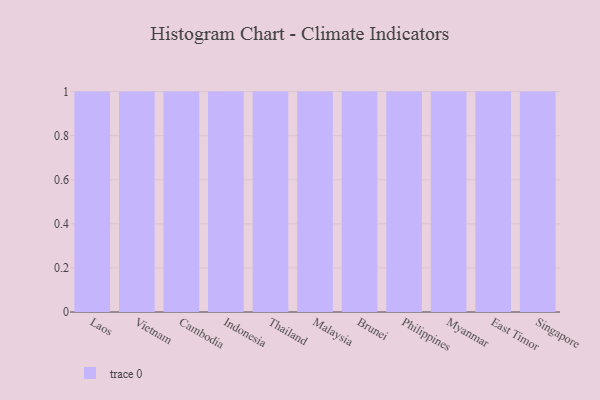
{"axis": {"x": "Country", "y": "Latency (ms)"}, "legend": [""], "data": [{"x": "Laos", "y": 21, "type": ""}, {"x": "Vietnam", "y": 59, "type": ""}, {"x": "Cambodia", "y": 23, "type": ""}, {"x": "Indonesia", "y": 28, "type": ""}, {"x": "Thailand", "y": 62, "type": ""}, {"x": "Malaysia", "y": 72, "type": ""}, {"x": "Brunei", "y": 84, "type": ""}, {"x": "Philippines", "y": 33, "type": ""}, {"x": "Myanmar", "y": 13, "type": ""}, {"x": "East Timor", "y": 100, "type": ""}, {"x": "Singapore", "y": 95, "type": ""}]}